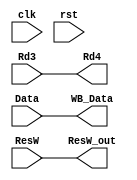
module writeBackCycle(
    input clk,
    input rst,
    input ResW,
    input [31:0] Data,
    input [4:0] Rd3,
    output ResW_out,
    output [4:0] Rd4,
    output [31:0] WB_Data
);
    assign Rd4 = Rd3;
    assign WB_Data = Data;
    assign ResW_out = ResW;

endmodule